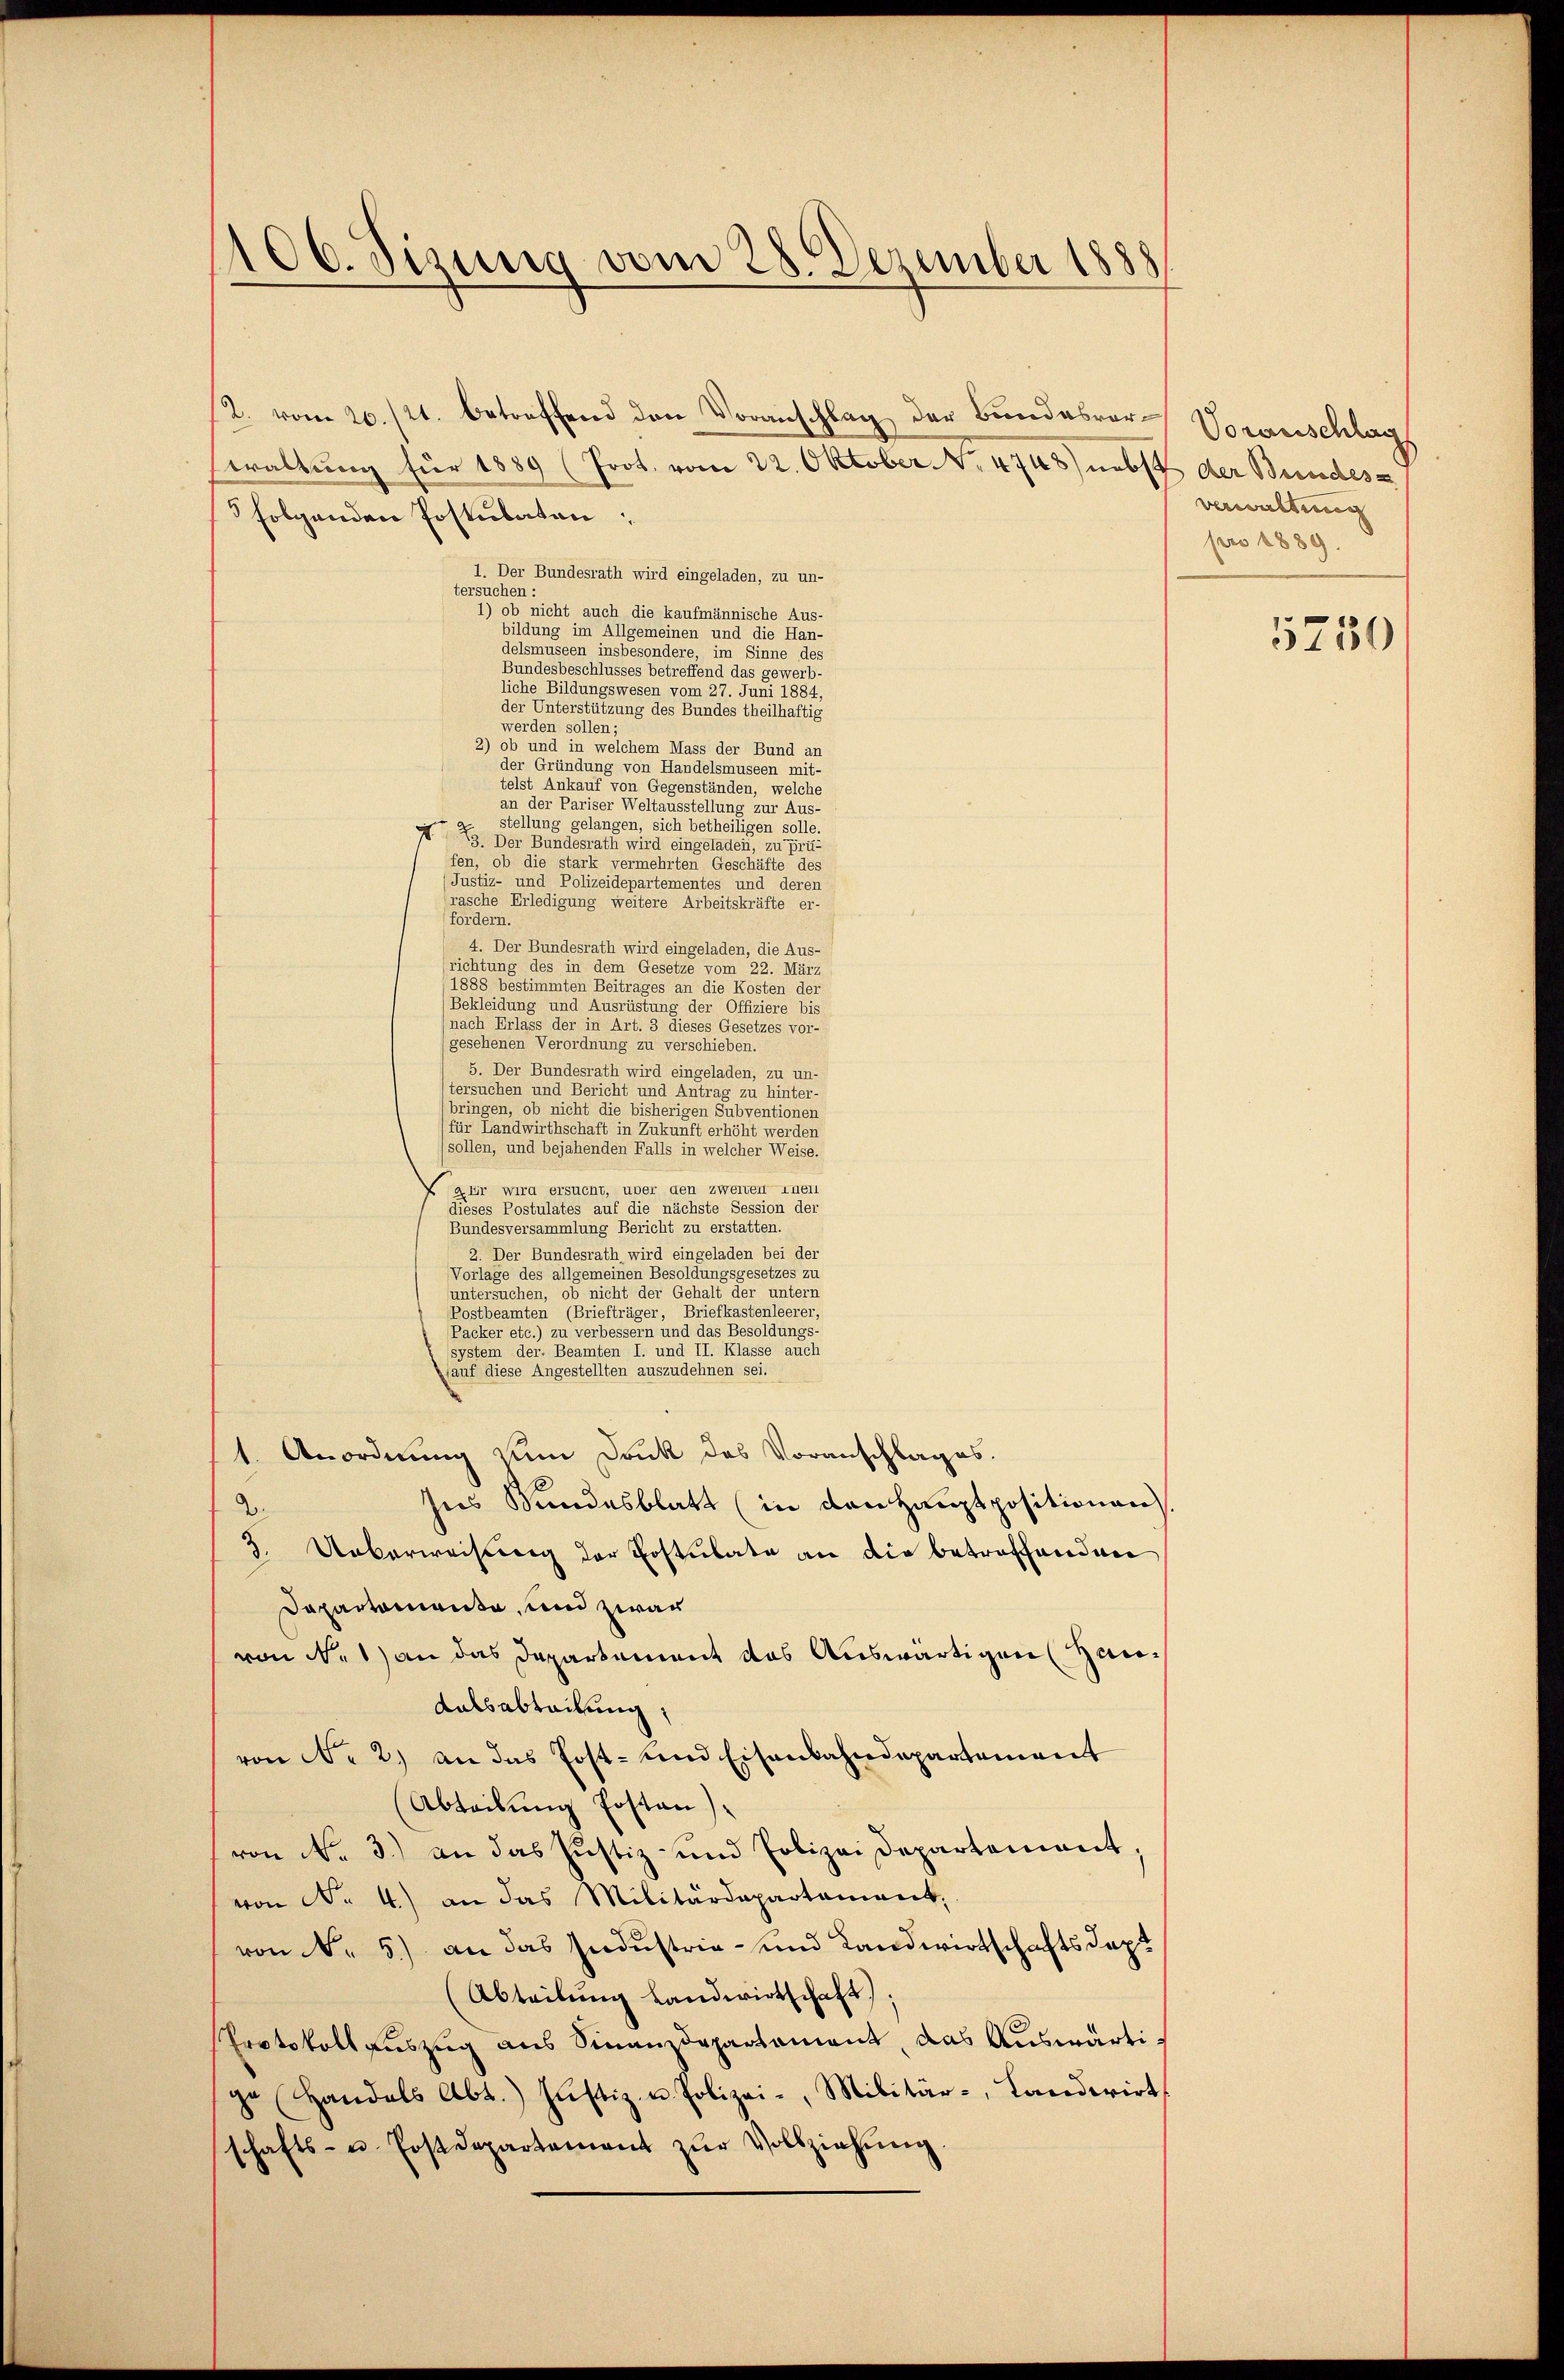
100. Jesung vom 28. Dezember 1888

2. vom 20./21. betreffen den Voranschlag der Bundesvor- Vorauschlags
waltung für 1889 (Joot. vom 22. Oktober No. 4748) nebst der Bundesa
5 folgenden Postulaten,
1. Der Bundesrath wird eingeladen, zu un-
tersuchen :
1) ob nicht auch die kaufmännische Aus-
bildung im Allgemeinen und die Han-
delsmuseen insbesondere, im Sinne des
Bundesbeschlusses betreffend das gewerb-
liche Bildungswesen vom 27. Juni 1884,
der Unterstützung des Bundes theilhaftig
werden sollen;
2) ob und in welchem Mass der Bund an
der Gründung von Handelsmuseen mit-
telst Ankauf von Gegenständen, welche
an der Pariser Weltausstellung zur Aus-
stellung gelangen, sich betheiligen solle.
N 3. Der Bundesrath wird eingeladen, zu prü-
fen, ob die stark vermehrten Geschäfte des
Justiz- und Polizeidepartementes und deren
rasche Erledigung weitere Arbeitskräfte er-
fordern.
4. Der Bundesrath wird eingeladen, die Aus-
richtung des in dem Gesetze vom 22. März
1888 bestimmten Beitrages an die Kosten der
(Bekleidung und Ausrüstung der Offiziere bis
(nach Erlass der in Art. 3 dieses Gesetzes vor-
gesehenen Verordnung zu verschieben.
5. Der Bundesrath wird eingeladen, zu un-
ltersuchen und Bericht und Antrag zu hinter-
bringen, ob nicht die bisherigen Subventionen
für Landwirthschaft in Zukunft erhöht werden
sollen, und bejahenden Falls in welcher Weise.
aur wird ersucht, uber den zweiten inen
dieses Postulates auf die nächste Session der
Bundesversammlung Bericht zu erstatten.
2. Der Bundesrath wird eingeladen bei der
Vorlage des allgemeinen Besoldungsgesetzes zu
untersuchen, ob nicht der Gehalt der untern
Postbeamten (Briefträger, Briefkastenleerer,
Packer etc.) zu verbessern und das Besoldungs-
system der. Beamten I. und II. Klasse auch
(auf diese Angestellten auszudehnen sei.
1. Anordnung von Dank des Voranschlages.
sees Bundesblatt (in den Hauptpositionen
3. Ueberweisung der Postulate an die betroffenden
Dapartemente, und zwar
von N. 1) an das Departement das Auswärtigen (Hau¬
Ralsabteilung,
von No 2.) an das Pott- und Eisenbahndepartement
(Abteilung Postan
von No. 3.) an das Justiz- und Polizei Departement,
von No. 4.) an das Militärdepartamant.
von N. 5.) an das Industria- und Landwirtschaftsdep
(Abteilung Landwirtschaft;
Protokoll auszug aus Sinaidepartement, das Auswärtige Handels Abt. Justiz- u. Polizei- Militär-, Landerirt
schafts- u. Postdepartement zŭr Vollziehung.

Verwaltung
pro 1889.

5730